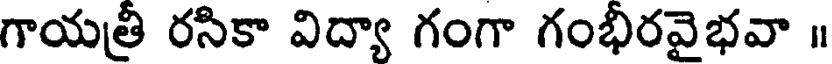
గాయత్రీ రసికా విద్యా గంగా గంభీరవైభవా ॥